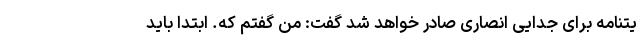
یتنامه برای جدایی انصاری صادر خواهد شد گفت: من گفتم که. ابتدا باید